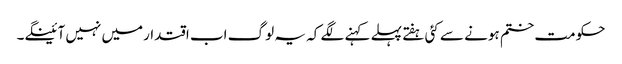
حکومت ختم ہونے سے کئی ہفتے پہلے کہنے لگے کہ یہ لوگ اب اقتدارمیں نہیں آئینگے۔